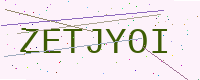
Text: ZETJYOI